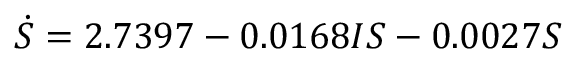
\dot { S } = 2 . 7 3 9 7 - 0 . 0 1 6 8 I S - 0 . 0 0 2 7 S